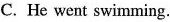
C.He went swimming.